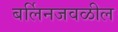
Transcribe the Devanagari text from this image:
बर्लिनजवळील